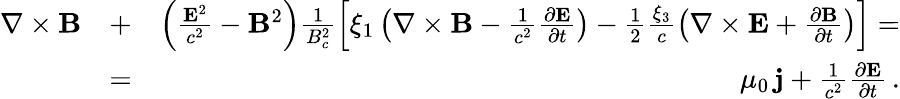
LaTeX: \begin{array}{rlr}{\nabla\times{\mathbf B}}&{+}&{\left(\frac{{\mathbf E}^{2}}{c^{2}}-{\mathbf B}^{2}\right)\frac{1}{B_{c}^{2}}\left[\xi_{1}\left(\nabla\times{\mathbf B}-\frac{1}{c^{2}}\frac{\partial{\mathbf E}}{\partial t}\right)-\frac{1}{2}\frac{\xi_{3}}{c}\left(\nabla\times{\mathbf E}+\frac{\partial{\mathbf B}}{\partial t}\right)\right]=}\\ &{=}&{\mu_{0}\, {\mathbf j}+\frac{1}{c^{2}}\frac{\partial{\mathbf E}}{\partial t}\, .}\end{array}